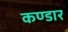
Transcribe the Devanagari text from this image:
कण्डार